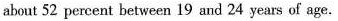
about 52 percent between 19 and 24 years of age.